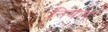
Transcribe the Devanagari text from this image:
नियल